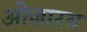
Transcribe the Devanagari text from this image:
ओज़ारय